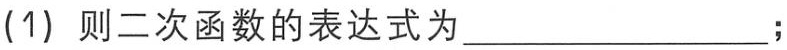
(1) 则二次函数的表达式为  ；